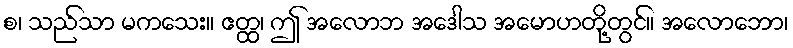
စ၊ သည်သာ မကသေး။ ဧတ္ထ၊ ဤ အလောဘ အဒေါသ အမောဟတို့တွင်။ အလောဘော၊